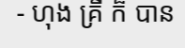
- ហុង គ្រី ក៏ បាន